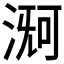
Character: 𬈊